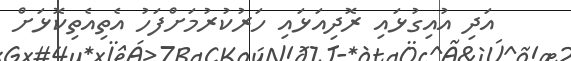
އަދި އުއިގުޅައި ރޮދިއަޅައި ހަރުކުރުމަށްފަހު އެތިއެތިކޮޅަށް